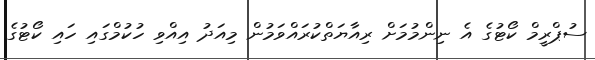
ސުޕްރީމް ކޯޓުގެ އެ ނިންމުމަށް ރިއާޔަތްކުރައްވަމުން މިއަދު އިއްވި ހުކުމްގައި ހައި ކޯޓުގެ